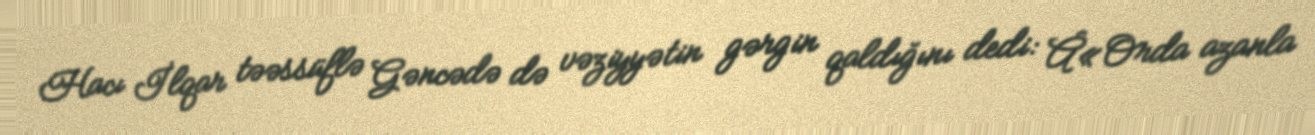
Hacı İlqar təəssüflə Gəncədə də vəziyyətin gərgin qaldığını dedi: Â«Orda azanla